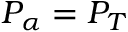
P _ { \alpha } = P _ { T }